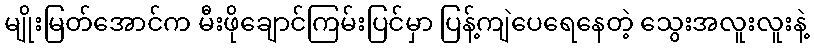
မျိုးမြတ်အောင်က မီးဖိုချောင်ကြမ်းပြင်မှာ ပြန့်ကျဲပေရေနေတဲ့ သွေးအလူးလူးနဲ့